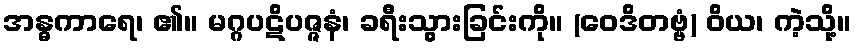
အန္ဓကာရေ၊ ၏။ မဂ္ဂပဋိပဇ္ဇနံ၊ ခရီးသွားခြင်းကို။ (ဝေဒိတဗ္ဗံ) ဝိယ၊ ကဲ့သို့။